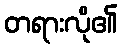
တရားလို၏